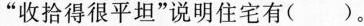
“收拾得很平坦”说明住宅有( )。